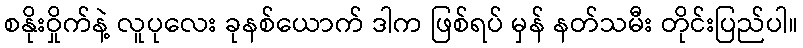
စနိုးဝှိုက်နဲ့ လူပုလေး ခုနစ်ယောက် ဒါက ဖြစ်ရပ် မှန် နတ်သမီး တိုင်းပြည်ပါ။